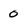
Character: 0